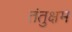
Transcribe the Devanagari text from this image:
तंतुक्षम